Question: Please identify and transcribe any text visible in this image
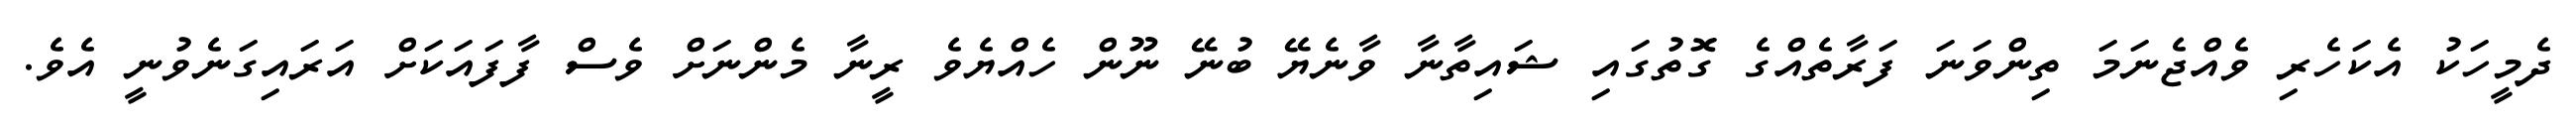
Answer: ދެމީހަކު އެކަހެރި ވެއްޖެނަމަ ތިންވަނަ ފަރާތެއްގެ ގޮތުގައި ޝައިތާނާ ވާނެޔޭ ބުނޭ ނޫން ހެއްޔެވެ ރީނާ މެންނަށް ވެސް ފާފައަކަށް އަރައިގަނެވުނީ އެވެ.